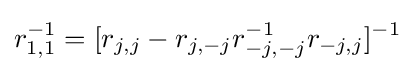
r_{1,1}^{-1}=[r_{j,j}-r_{j,-j}r_{-j,-j}^{-1}r_{-j,j}]^{-1}